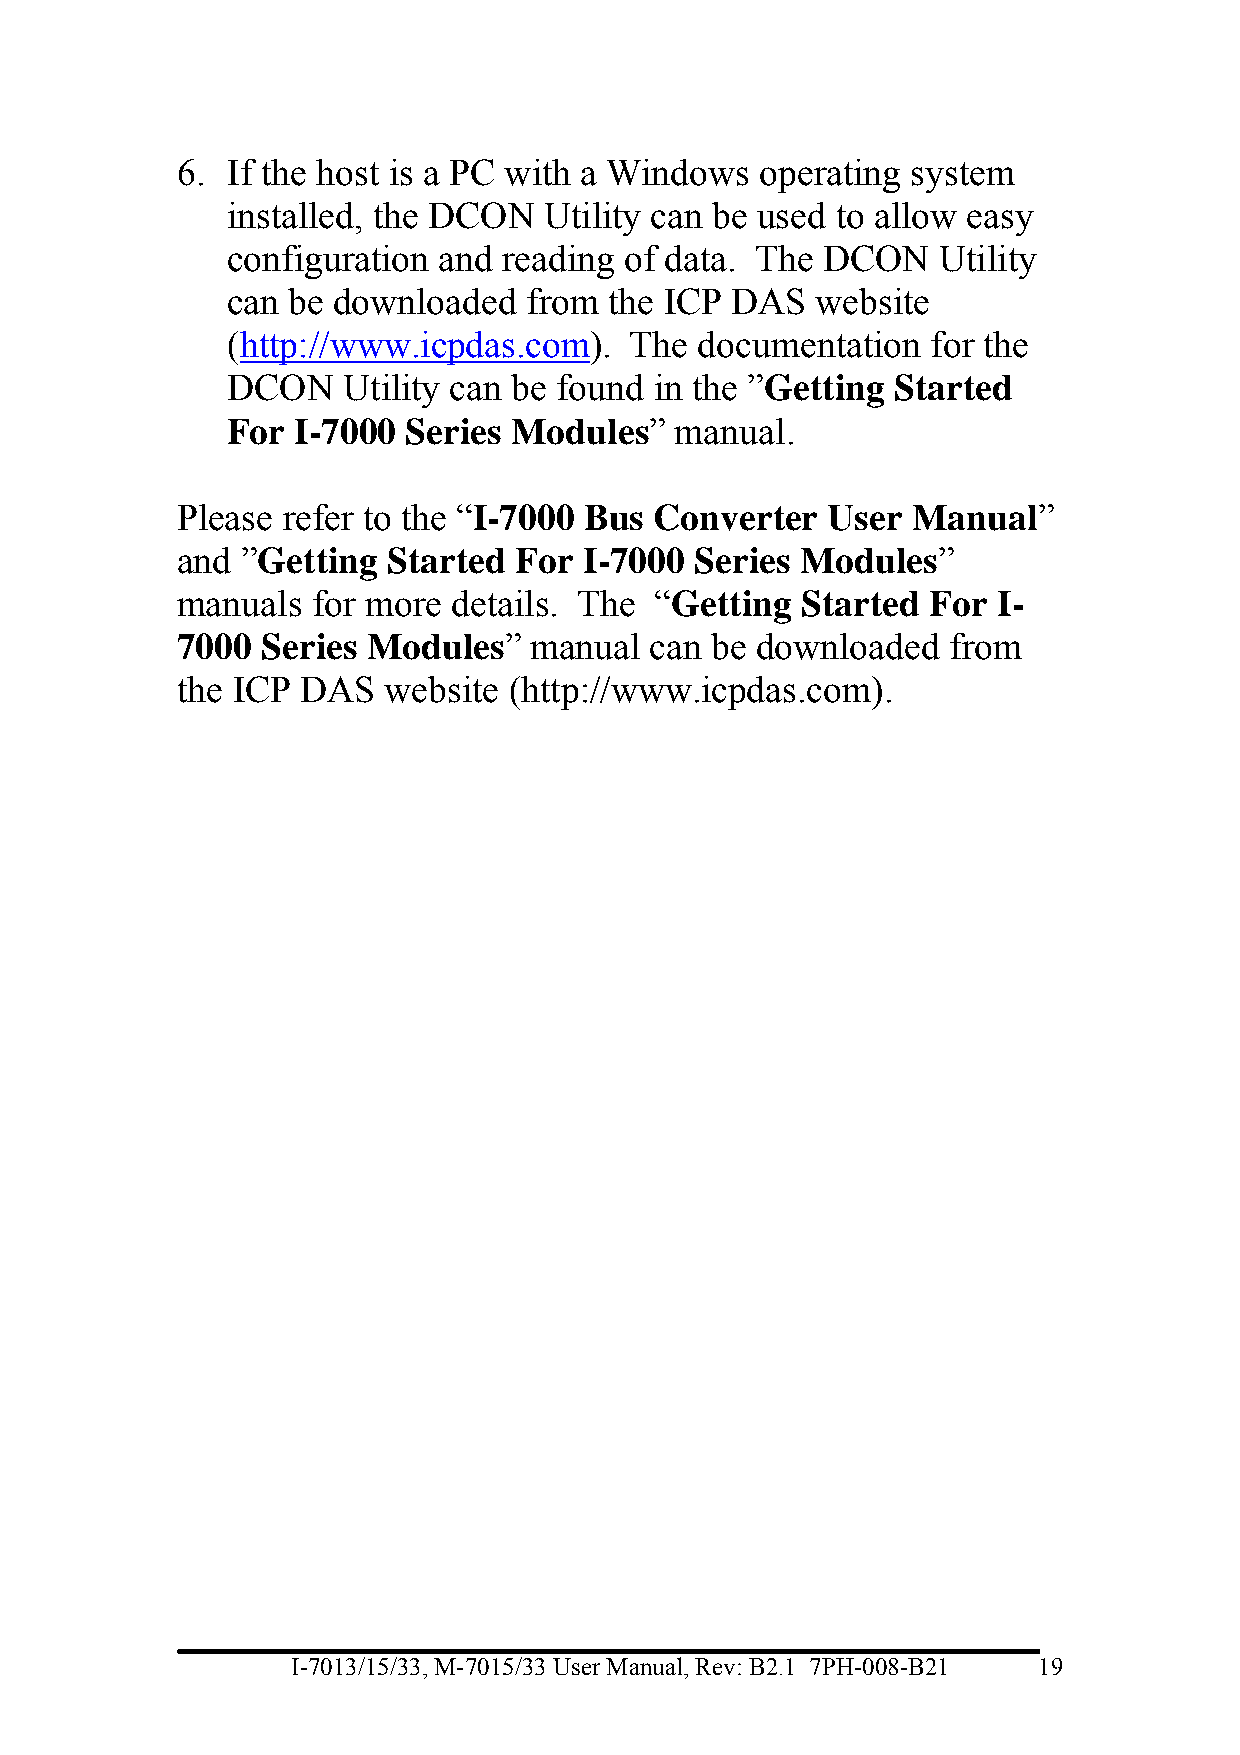
6. If the host is a PC with a Windows operating system
 installed, the DCON  Utility can be used to allow easy
 configuration and reading of data. The DCON    Utility
 can be downloaded   from the ICP DAS   website
 (http://www.icpdas.com).   The documentation   for the
 DCON    Utility can be found in the ”Getting Started
 For  I-7000 Series Modules”   manual.
 Please refer to the “I-7000 Bus Converter  User Manual”
 and ”Getting  Started For  I-7000 Series Modules”
 manuals  for more details. The “Getting  Started  For I-
 7000 Series Modules”   manual  can be downloaded   from
 the ICP DAS  website  (http://www.icpdas.com).
 I-7013/15/33, M-7015/33 User Manual, Rev: B2.1 7PH-008-B21 19